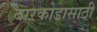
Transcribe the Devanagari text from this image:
बारकोडासाठी